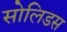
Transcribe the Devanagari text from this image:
सोलिडस